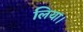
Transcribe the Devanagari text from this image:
लिया।